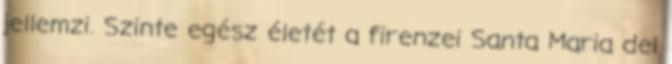
jellemzi. Szinte egész életét a firenzei Santa Maria del